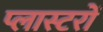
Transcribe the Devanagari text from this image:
प्लास्टरों